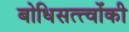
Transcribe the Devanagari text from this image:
बोधिसत्त्‍वोंकी